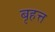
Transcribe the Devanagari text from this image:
बृहत्त